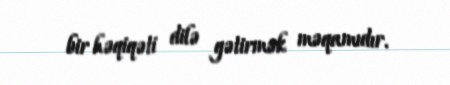
bir həqiqəti dilə gətirmək məqamıdır.